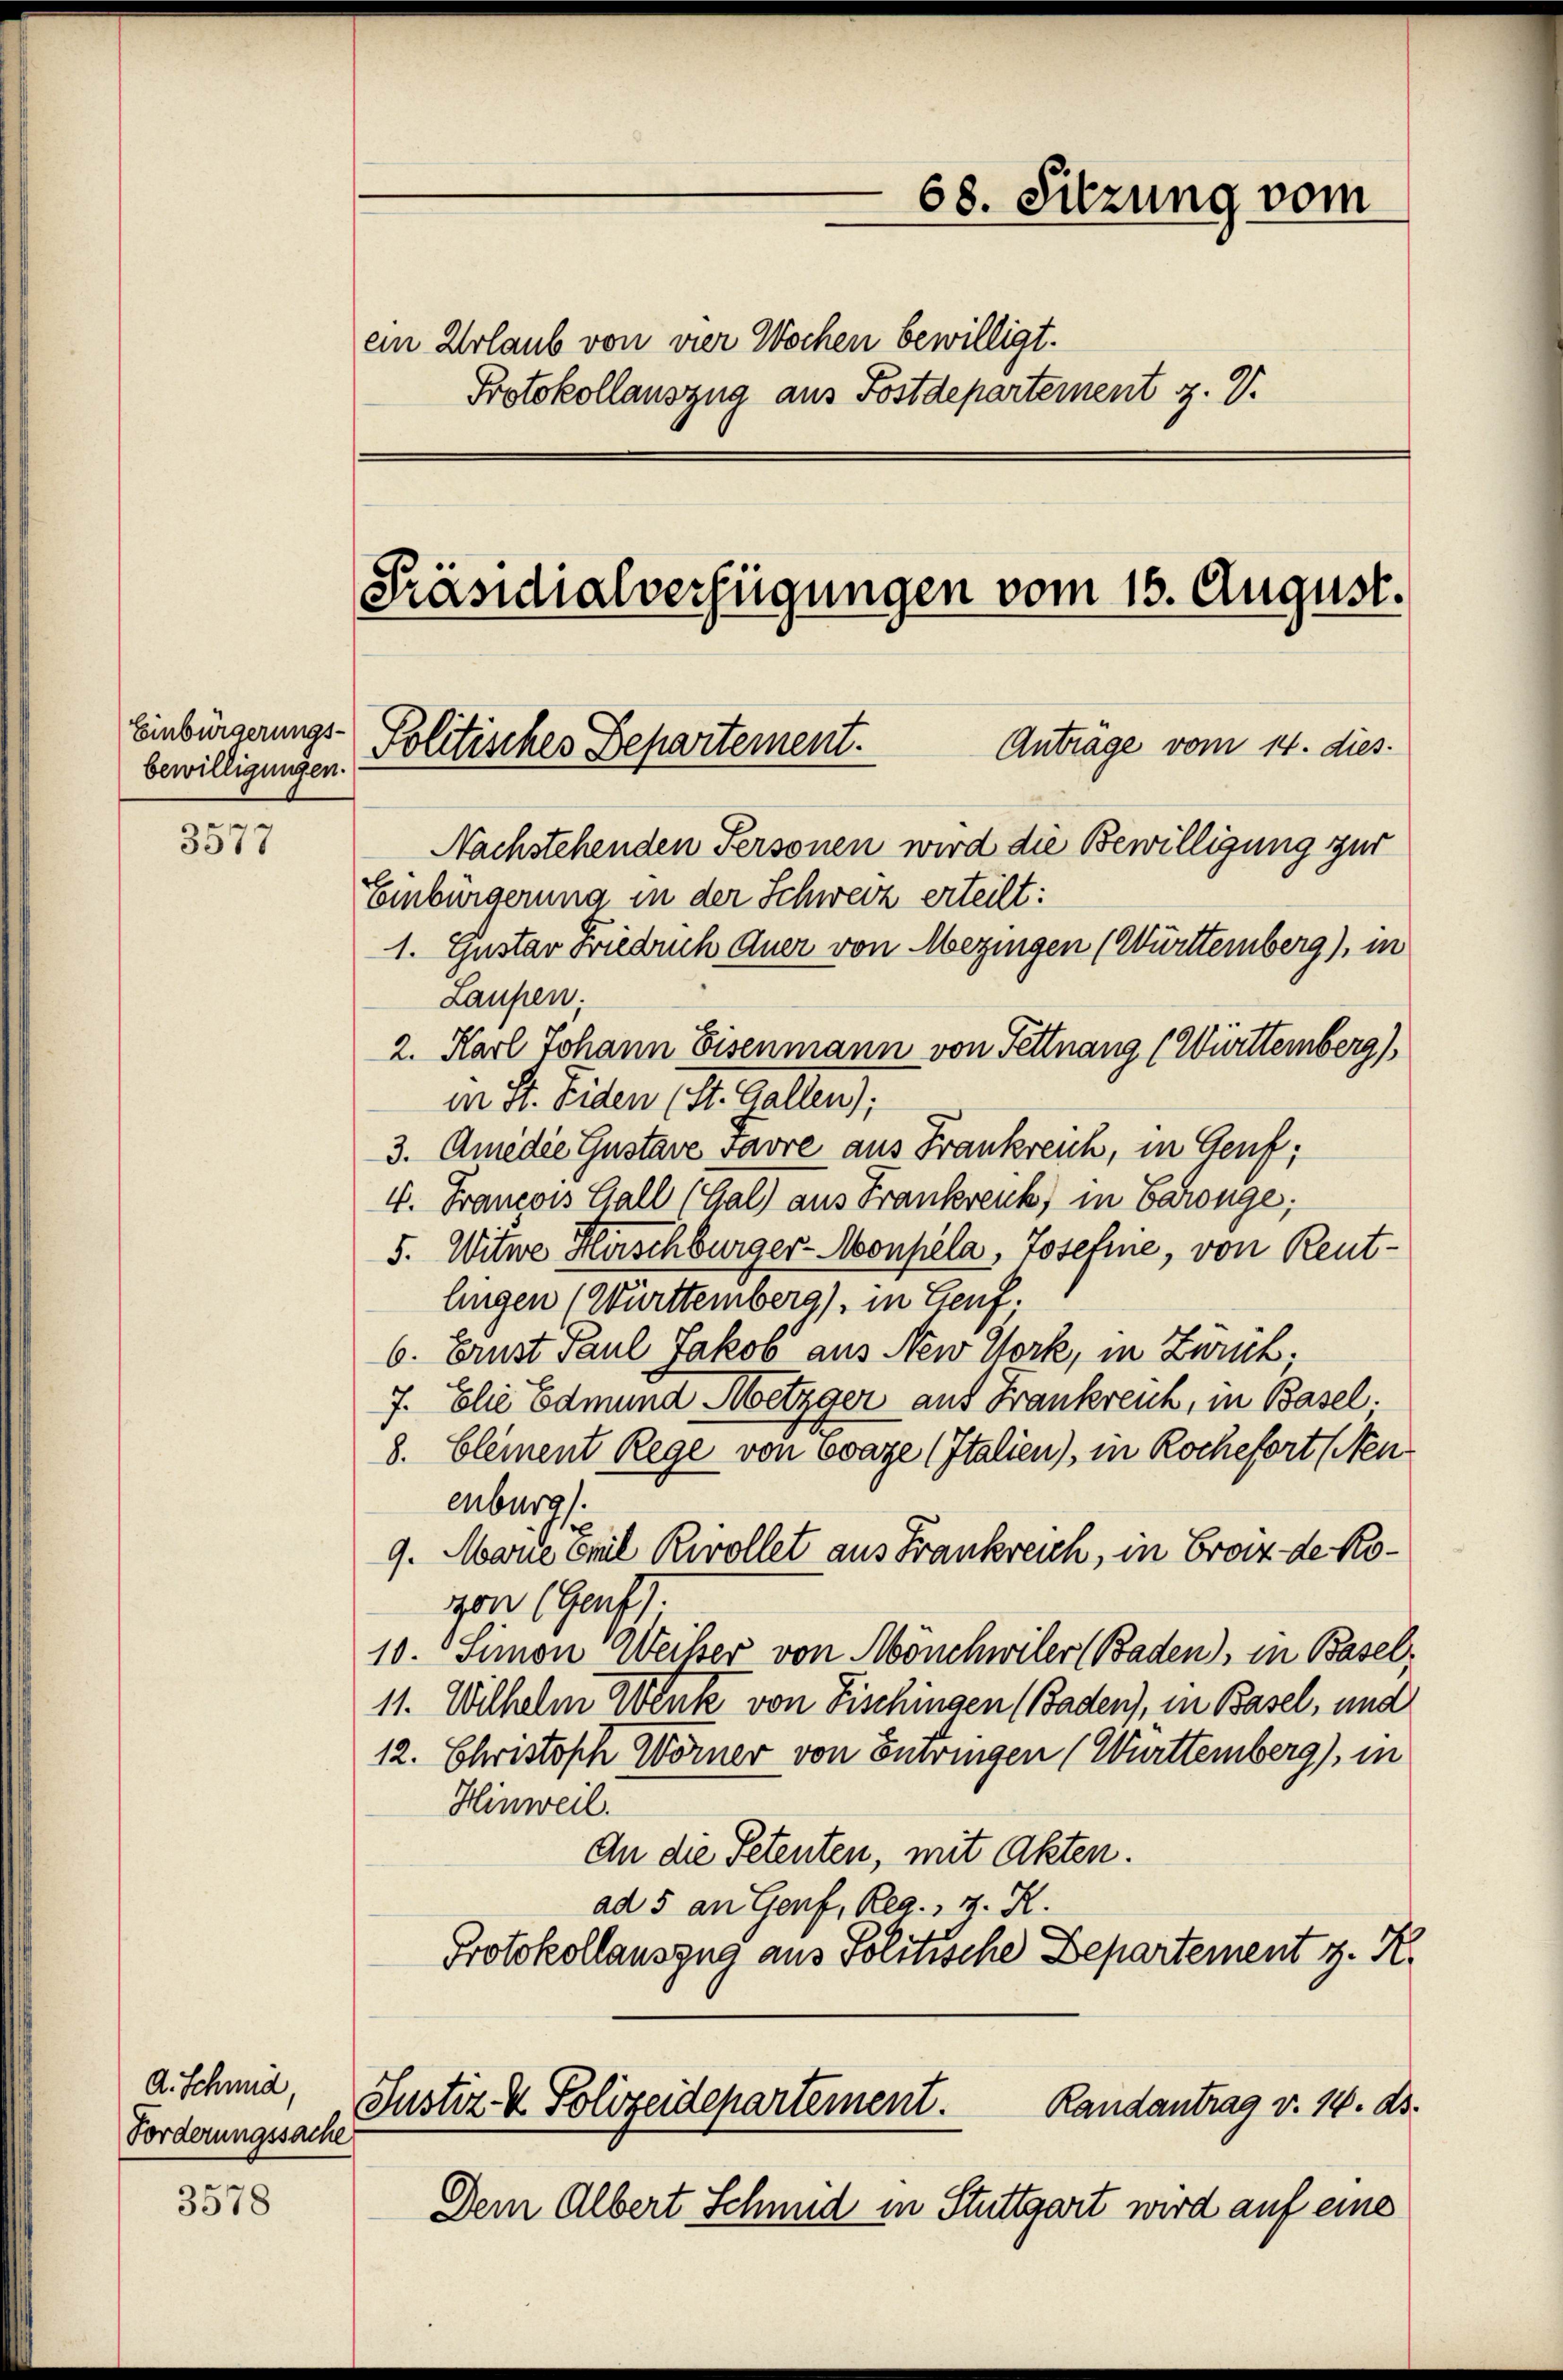
Einbürgerungs-
bewilligungen.

3577

d. Schmid,
Forderungssache

3578

68. Sitzung vom
ein Urlaub von vier Wochen bewilligt.
Protokollauszug aus Postdepartement z. V.

[Präsidialverfügungen vom 15. August.

Anträge vom 14. dies
Nachstehenden Personen wird die Bewilligung zur
Einbürgerung in der Schweiz erteilt:
1. Gustav Friedrich Auer von Mezingen (Württernberg), in
Laupen.
2. Karl Johann Eisenmann von Fettnang (Württemberg),
in St. Eiden (St. Gallen);
3. Amedie Gustave vavre aus Frankreich, in Genf;
4. Francois Gall (Gal) aus Frankreuk, in Baronge;
5. Witwe Hirschbürger-Monpela, Josefnie, von Reutlingen (Württemberg), in Genf.
6. Ernst Paul Jakob aus New York, in Zurück.
7. Elie Edmund Metzger auf Frankreich, in Basel.
8. Clement Rege von ovaze (Italien), in Rochefort (Neuenburg.
9. Marie Emil Rivollet aus Frankreich, in Graz der Kogon (Genf.
10. Simon Weiser von Mönchwiler (Baden), in Basel,
11. Wilhelm Wenk von Fischingen (Baden), in Basel, und
12. Christoph Wörner von Entringen (Württemberg), in
Hinweil.
An die Petenten, mit Akten.
ad 5 an Genf, Reg., v. K.
Protokollauszug aus Politische Departement z. K.
Justiz- & Polizeidepartement.
Randantrag v. 14. ds.
Dem Albert Schmid in Stuttgart wird auf eine

Politisches Departement.